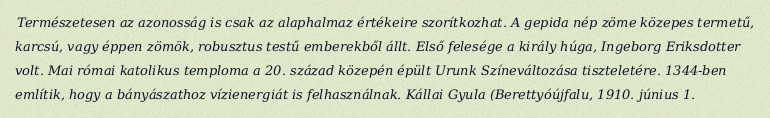
Természetesen az azonosság is csak az alaphalmaz értékeire szorítkozhat. A gepida nép zöme közepes termetű, karcsú, vagy éppen zömök, robusztus testű emberekből állt. Első felesége a király húga, Ingeborg Eriksdotter volt. Mai római katolikus temploma a 20. század közepén épült Urunk Színeváltozása tiszteletére. 1344-ben említik, hogy a bányászathoz vízienergiát is felhasználnak. Kállai Gyula (Berettyóújfalu, 1910. június 1.